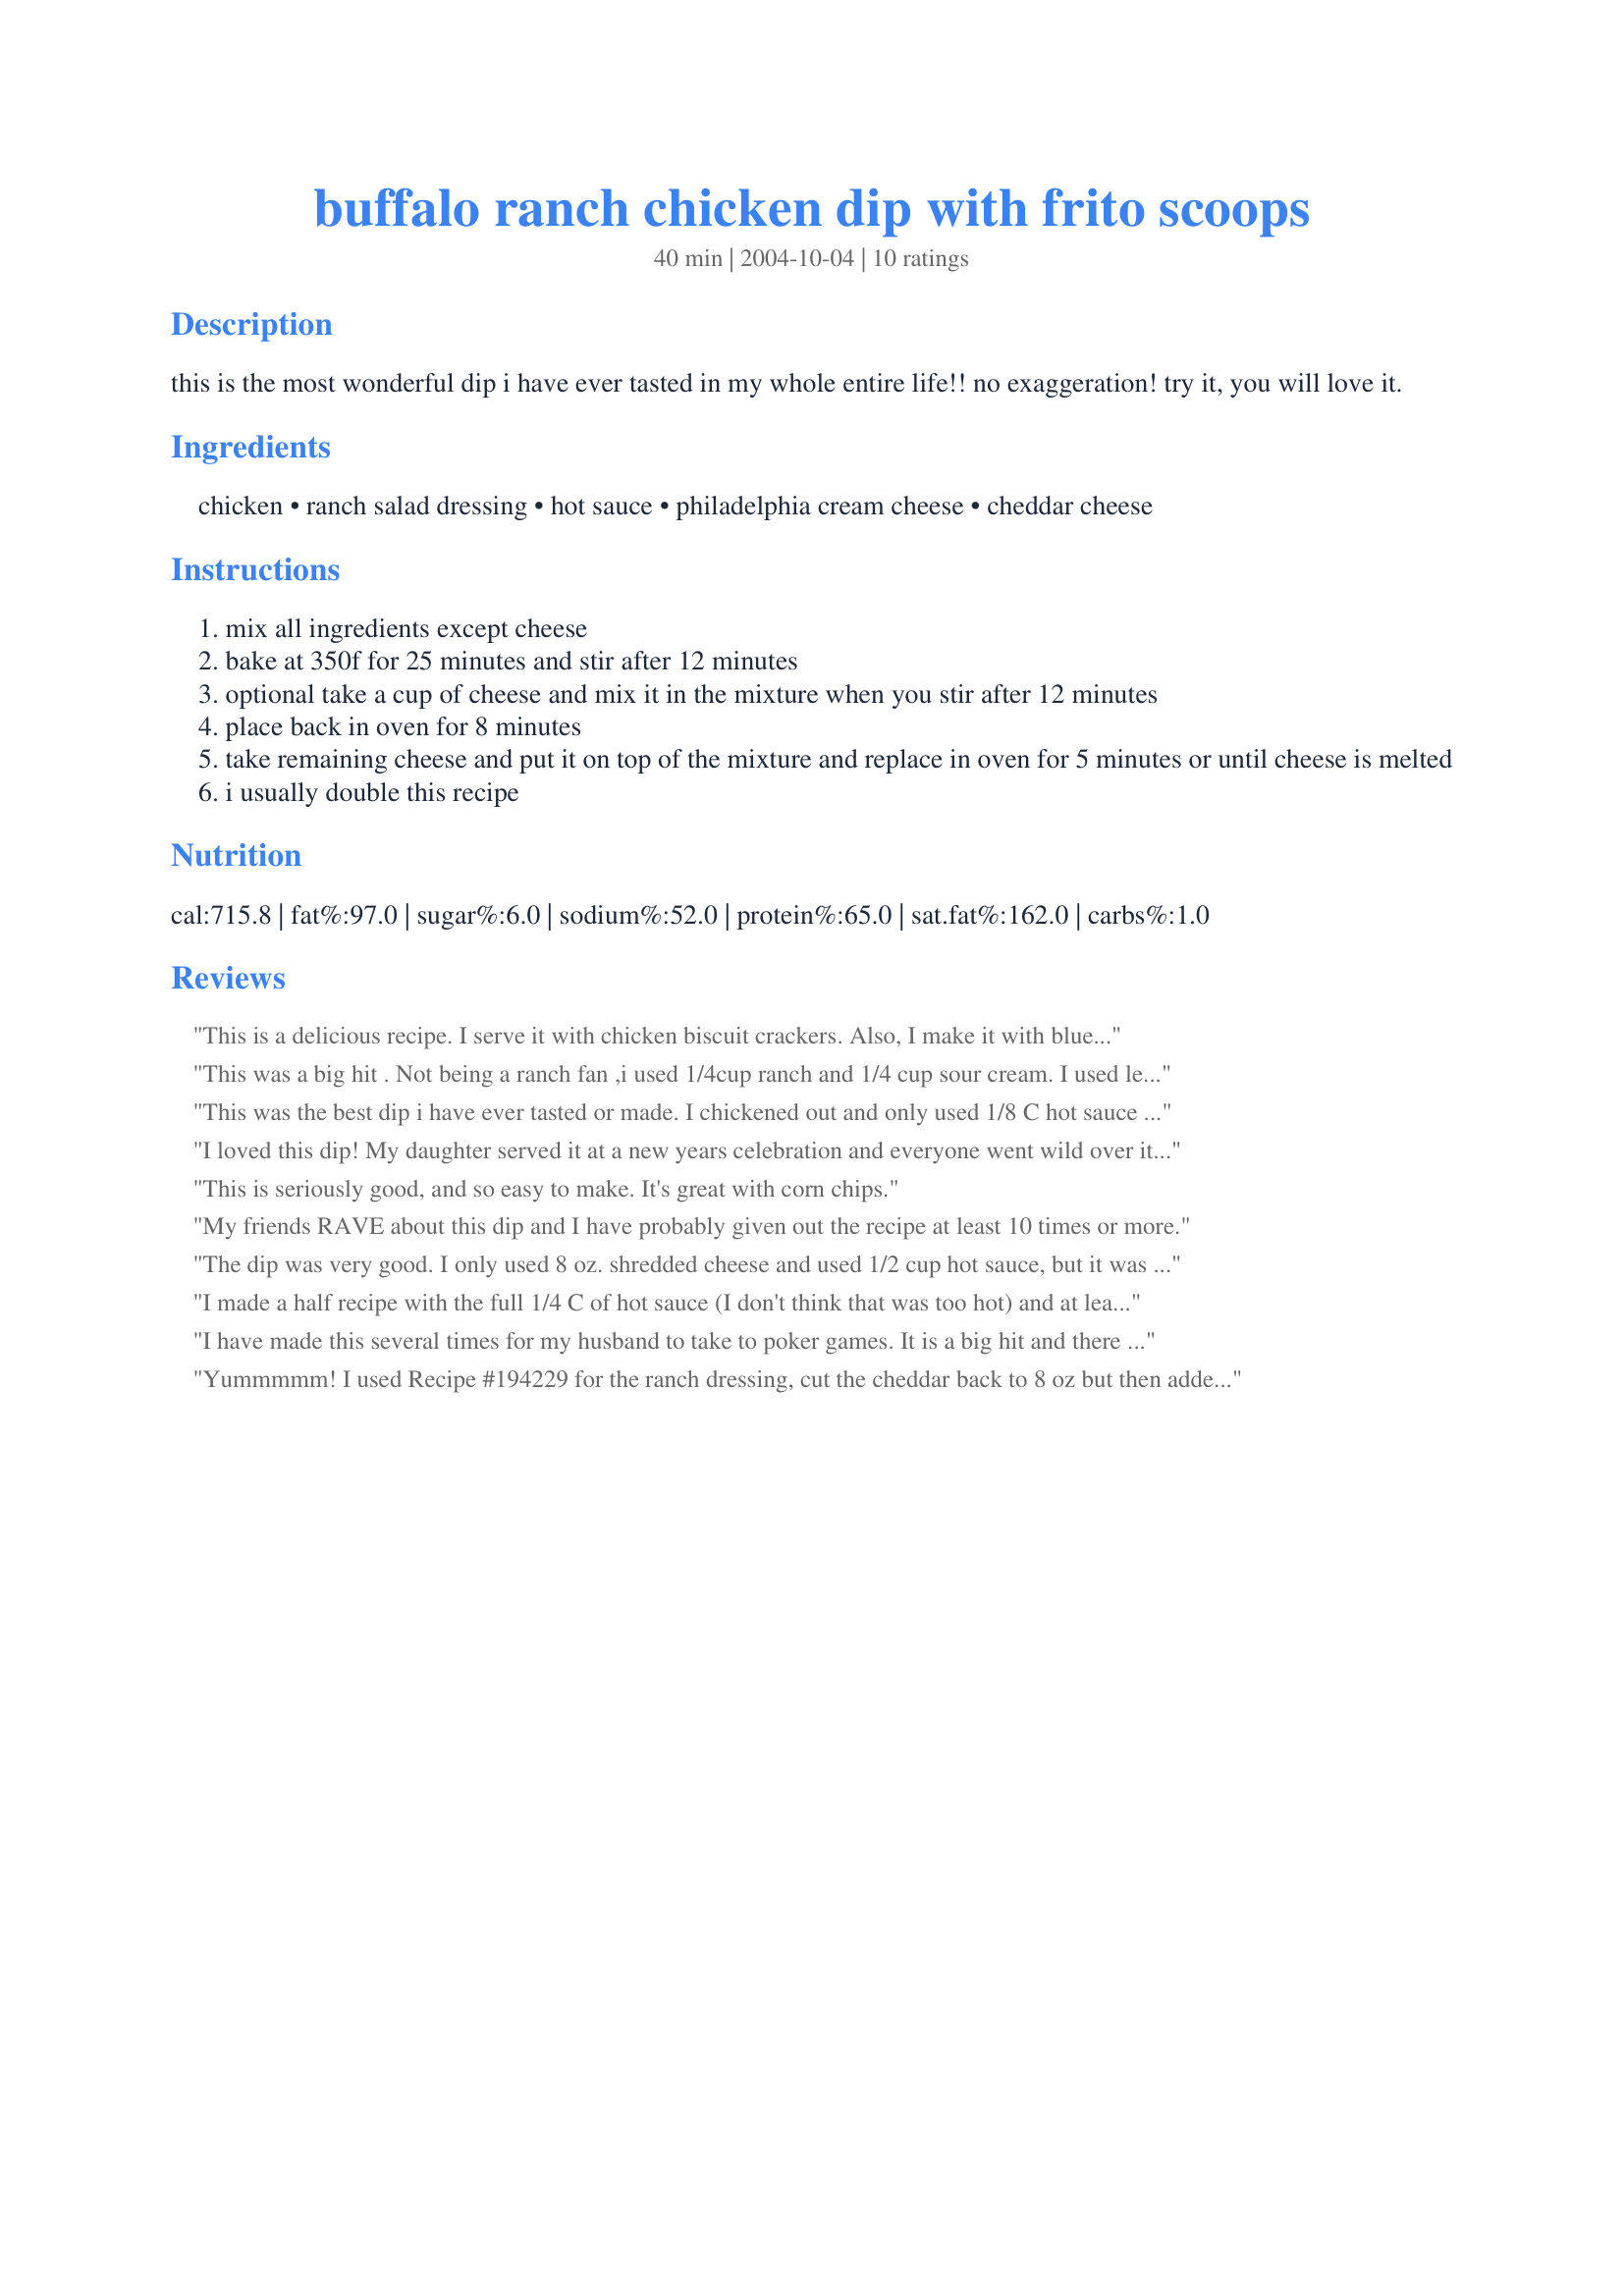
buffalo ranch chicken dip with frito scoops
Preparation time: 40 minutes

this is the most wonderful dip i have ever tasted in my whole entire life!! no exaggeration! try it, you will love it.

Ingredients:
chicken, ranch salad dressing, hot sauce, philadelphia cream cheese, cheddar cheese

Steps:
mix all ingredients except cheese
bake at 350f for 25 minutes and stir after 12 minutes
optional take a cup of cheese and mix it in the mixture when you stir after 12 minutes
place back in oven for 8 minutes
take remaining cheese and put it on top of the mixture and replace in oven for 5 minutes or until cheese is melted
i usually double this recipe

Reviews:
This is a delicious recipe. I serve it with chicken biscuit crackers. Also, I make it with blue cheese dressing, or ranch with 1/2 cup blue cheese and cut the cheddar back to 8oz.
This was a big hit . Not being a ranch fan ,i used 1/4cup ranch and 1/4 cup sour cream. I used leftover roasted chicken instead of canned and extra hot frank's sauce. The only thing different I would do next time is add more chicken. I used the left over dip, reheated it and tossed it with some bowtie pasta for lunch the next day...surprisingly good!
This was the best dip i have ever tasted or made. I chickened out and only used 1/8 C hot sauce thinking it would still be spicy but I couldn't taste it at all. I will definetly use the full 1/4 C if not more next time.
I loved this dip! My daughter served it at a new years celebration and everyone went wild over it. She served it with the suggested corn chips and it was perfect. Spicy and delicious would be my review...definately worth trying because its great and easy to make.
This is seriously good, and so easy to make. It's great with corn chips.
My friends RAVE about this dip and I have probably given out the recipe at least 10 times or more.
The dip was very good. I only used 8 oz. shredded cheese and used 1/2 cup hot sauce, but it was very tasty. I recommend eating it while it is very hot and serving it in a dish that can keep it hot. Once it started to cool it lost it's star power.
I made a half recipe with the full 1/4 C of hot sauce (I don't think that was too hot) and at least 1 C of shredded chicken. This got mixed reviews - either people really really liked it or else they didn't much care for it. Plus even halved this made a lot.
I have made this several times for my husband to take to poker games. It is a big hit and there are never left overs!
Yummmmm! I used Recipe #194229 for the ranch dressing, cut the cheddar back to 8 oz but then added about 2 oz blue cheese. The blue cheese added a nice background flavor behind the heat of the hot sauce. I can't imagine this with *more* cheese than I used - and I'm a cheese-o-holic! I stirred 4 oz of cheddar and all the blue cheese in at the 12 minute mark then topped with the remaining 4 oz cheddar later. Ate with club crackers (I don't care for Fritos). Loved it! Thanks!
